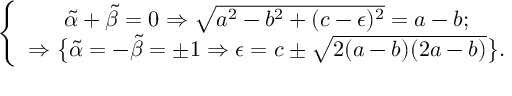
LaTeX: \left\{ \begin{array} { c } { { \tilde { \alpha } + \tilde { \beta } = 0 \Rightarrow \sqrt { a ^ { 2 } - b ^ { 2 } + ( c - \epsilon ) ^ { 2 } } = a - b ; } } \\ { { \Rightarrow \big \{ \tilde { \alpha } = - \tilde { \beta } = \pm 1 \Rightarrow \epsilon = c \pm \sqrt { 2 ( a - b ) ( 2 a - b ) } \big \} . } } \end{array} \right.